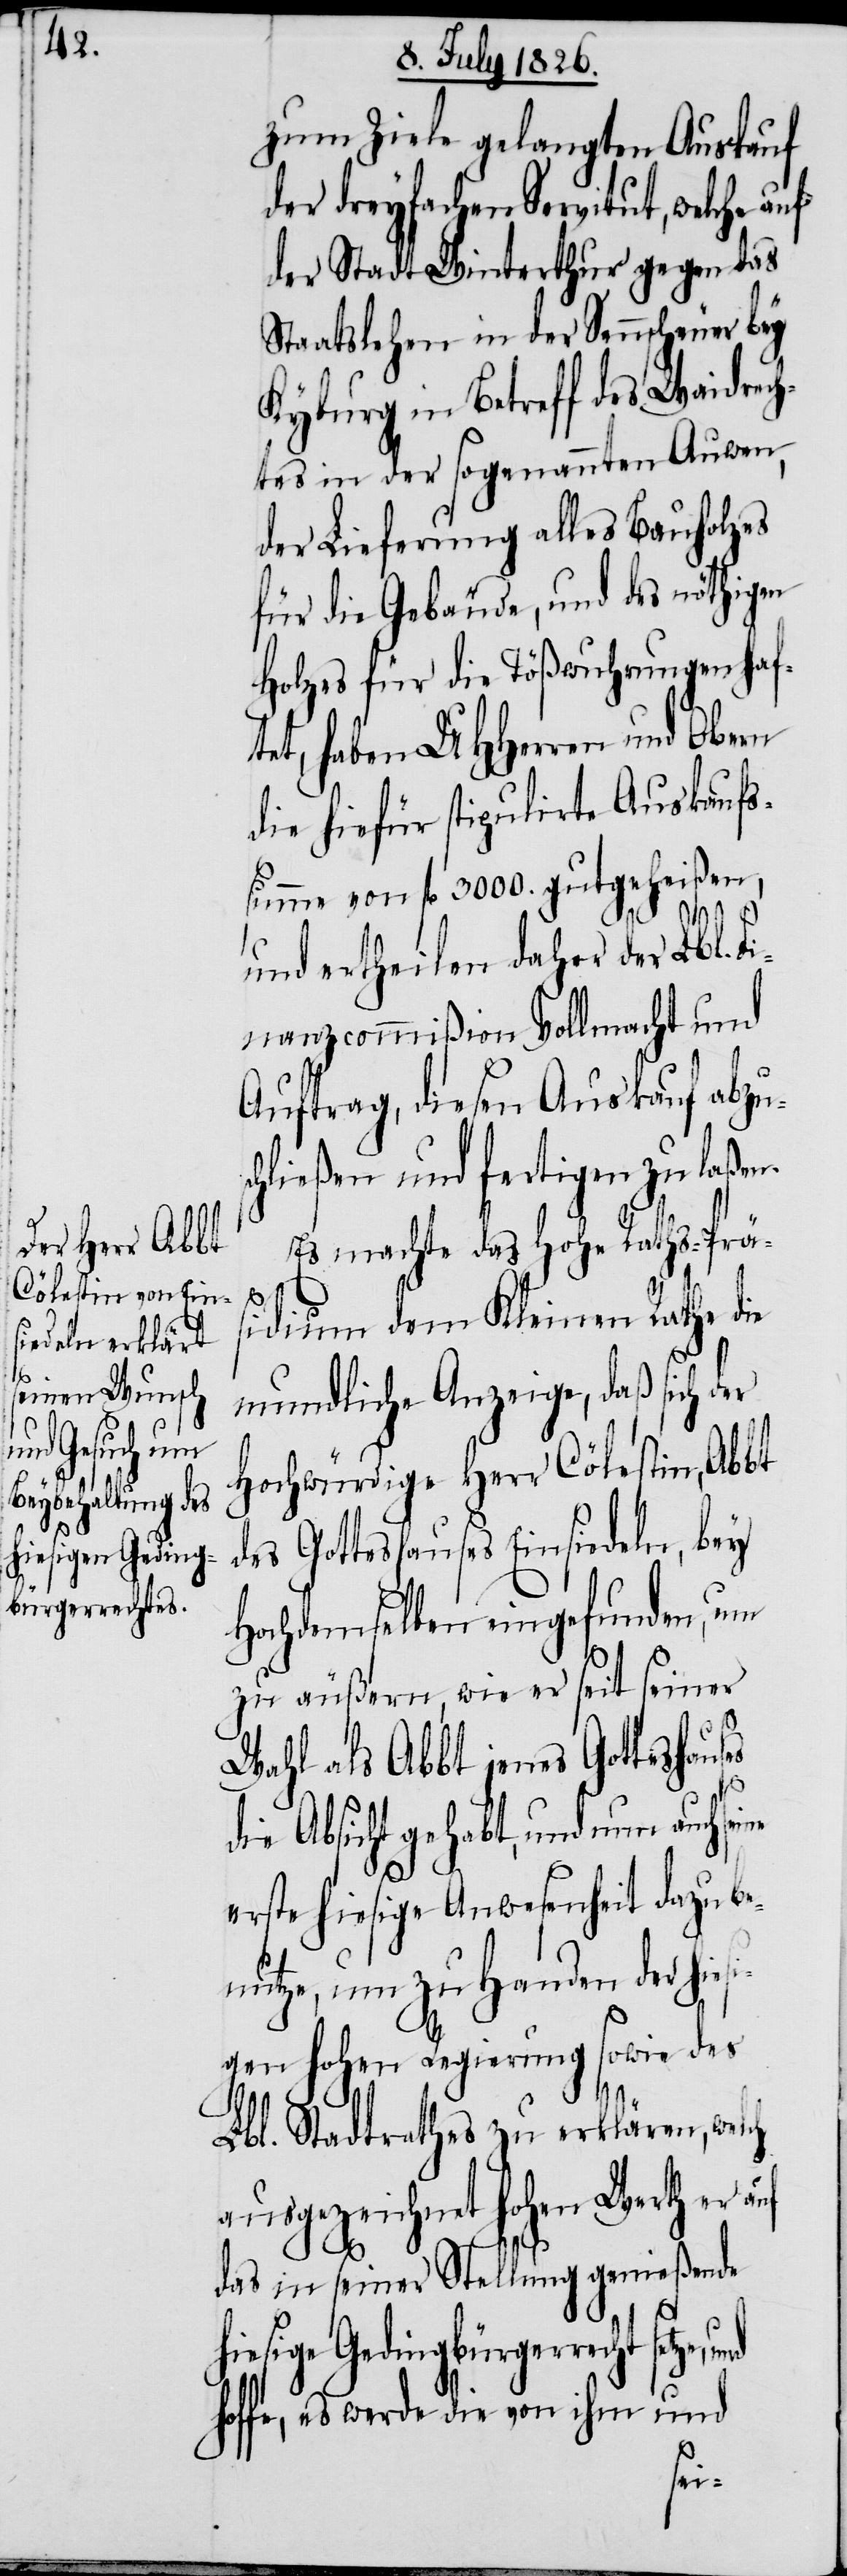
hiesige Geding¬
bürgerrecht

zum Ziele gelangten Auskauf
der dreyfachen Servitut, welche
der Stadt Winterthur gegen das
Staatslehen in der Sennscheuer bey
Kyburg in Betreff des Waidrech¬
tes in der sogenannten Auwen,
der Lieferung alles Bauholzes
für die Gebäude, und des nöthigen
Holzes für die Tößwuhrungen haf¬
tet, haben MHHerren und Obern
die hiefür stipulirte Auskaufs¬
summe von fl. 3000. gutgeheißen,
es
und ertheilen daher der Lbl. Fi¬
nanz-Commißion Vollmacht und
Auftrag, diesen Auskauf abzu¬
hließen und fertigen zu laßen.
Es machte das hohe Raths-Präs¬
idium dem Kleinen Rathe die
mundliche Anzeige, daß sich der
hochwürdige Herr Cölestin, Abbt
des Gotteshauses Einsiedeln, bey
Hochdemselben eingefunden, um
zu äußern, wie er seit seiner
Wahl als Abbt jenes Gotteshaus¬
die Absicht gehabt, und nun auch
erste hiesige Anwesenheit dazu be¬
nutze, um zu Handen der hiesi¬
gen hohen Regierung sowie des
Lbl. Stadtrathes zu erklären, welch
ausgezeichnet hohen Werth er auf
das in seiner Stellung genießende
und
hoffe, es werde die von ihm
sc¬